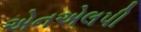
એનએલપી